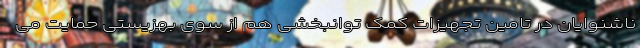
ناشنوایان در تامین تجهیزات کمک توانبخشی هم از سوی بهزیستی حمایت می